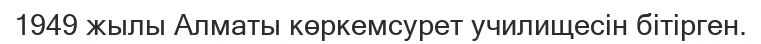
1949 жылы Алматы көркемсурет училищесін бітірген.